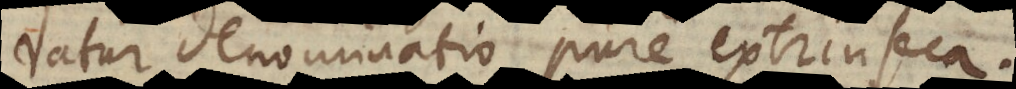
datur denominatio pure extrinseca.